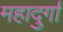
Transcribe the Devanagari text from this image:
महादुर्गा